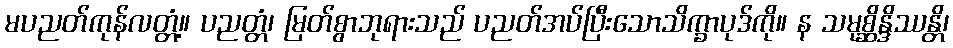
မပညတ်ကုန်လတ္တံ့။ ပညတ္တံ၊ မြတ်စွာဘုရားသည် ပညတ်အပ်ပြီးသောသိက္ခာပုဒ်ကို။ န သမုစ္ဆိန္ဒိဿန္တိ၊